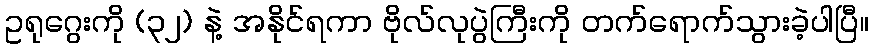
ဥရုဂွေးကို (၃၂) နဲ့ အနိုင်ရကာ ဗိုလ်လုပွဲကြီးကို တက်ရောက်သွားခဲ့ပါပြီ။